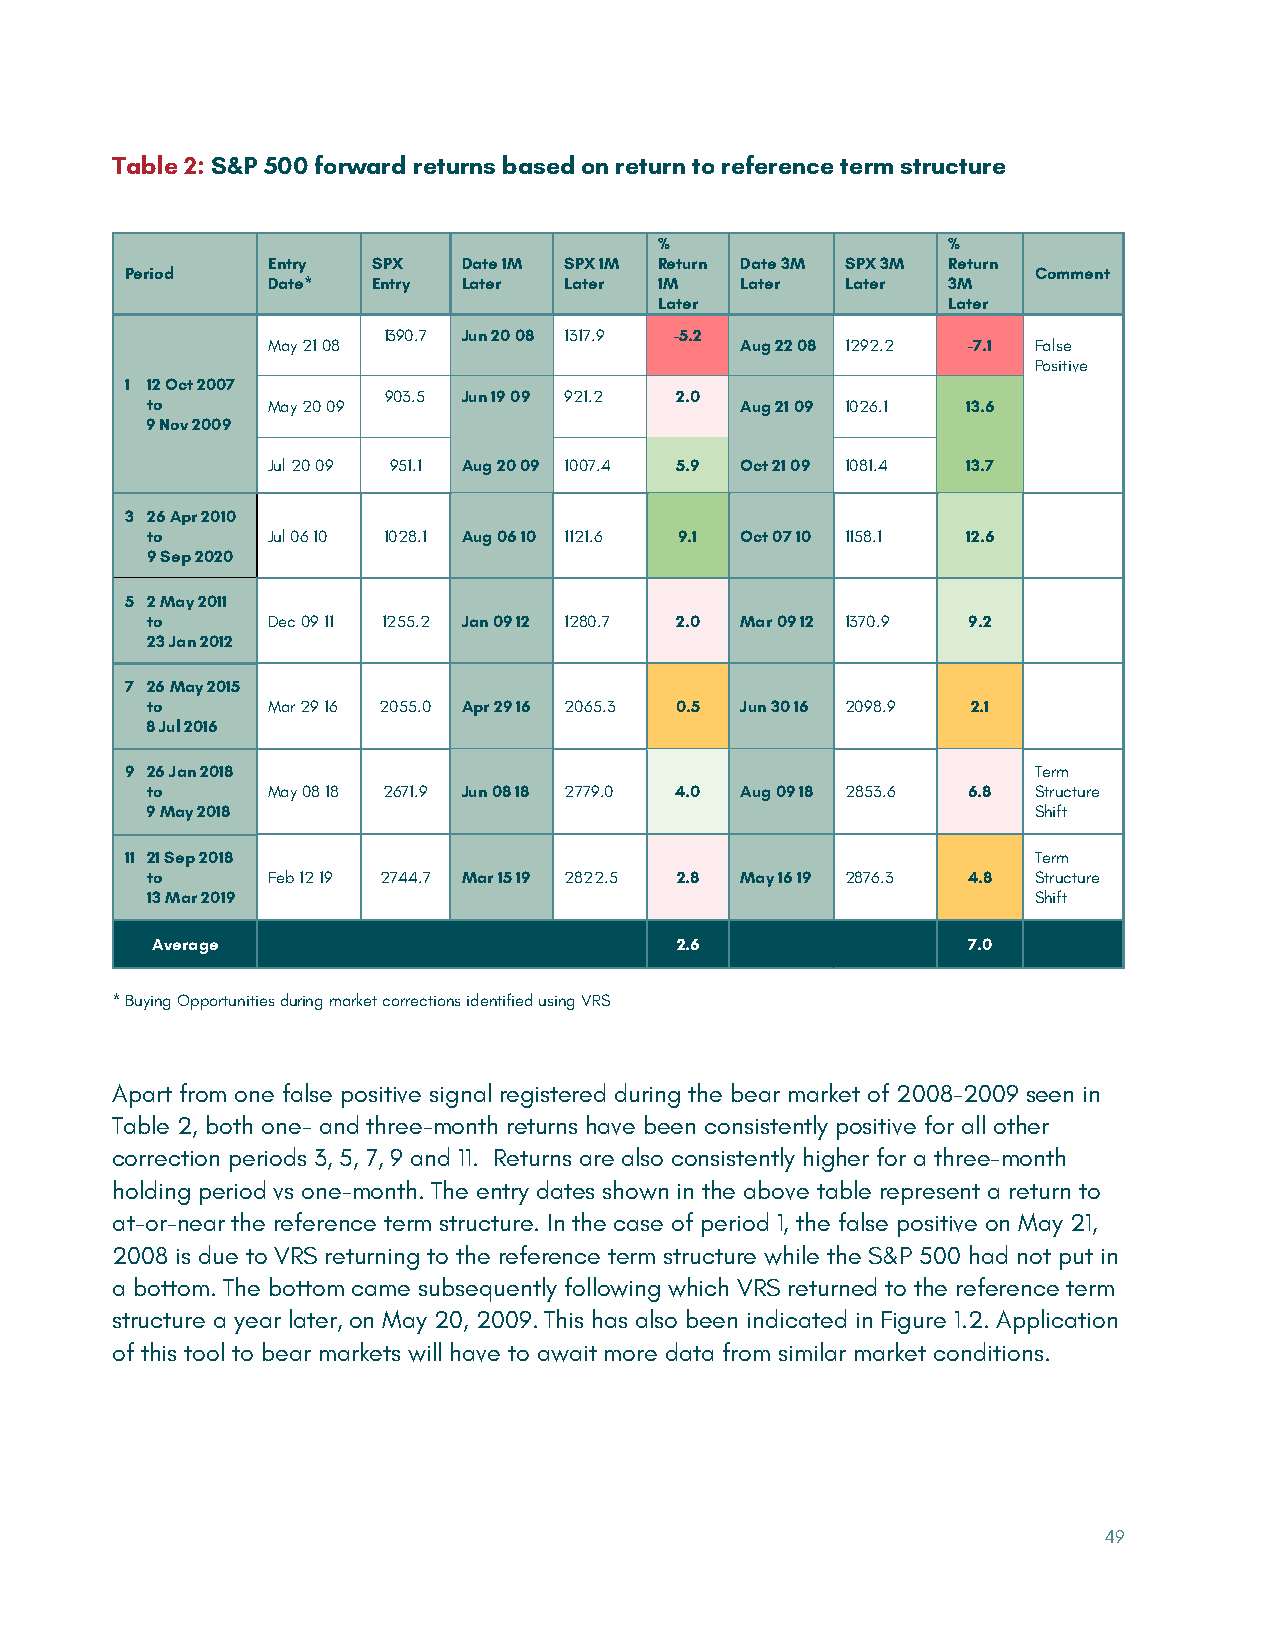
Table 2: S&P 500 forward returns based on return to reference term structure
 %                  %
 Entry  SPX   Date 1M SPX 1M Return Date 3M SPX 3M Return
 Period                                                      Comment
 Date*  Entry Later Later  1M   Later  Later  3M
 Later              Later
 1390.7 Jun 20 08 1317.9 -5.2
 May 21 08                      Aug 22 08 1292.2 -7.1 False
 Positive
 1 12 Oct 2007
 903.5 Jun 19 09 921.2 2.0
 to      May 20 09                      Aug 21 09 1026.1 13.6
 9 Nov 2009
 Jul 20 09 951.1 Aug 20 09 1007.4 5.9 Oct 21 09 1081.4 13.7
 3 26 Apr 2010
 to      Jul 06 10 1028.1 Aug 06 10 1121.6 9.1 Oct 07 10 1158.1 12.6
 9 Sep 2020
 5 2 May 2011
 to      Dec 09 11 1255.2 Jan 09 12 1280.7 2.0 Mar 09 12 1370.9 9.2
 23 Jan 2012
 7 26 May 2015
 to      Mar 29 16 2055.0 Apr 29 16 2065.3 0.5 Jun 30 16 2098.9 2.1
 8 Jul 2016
 9 26 Jan 2018                                               Term
 to      May 08 18 2671.9 Jun 08 18 2779.0 4.0 Aug 09 18 2853.6 6.8 Structure
 9 May 2018                                                Shift
 11 21 Sep 2018                                              Term
 to      Feb 12 19 2744.7 Mar 15 19 2822.5 2.8 May 16 19 2876.3 4.8 Structure
 13 Mar 2019                                               Shift
 Average                            2.6                7.0
 * Buying Opportunities during market corrections identified using VRS
 Apart from one false positive signal registered during the bear market of 2008-2009 seen in
 Table 2, both one- and three-month returns have been consistently positive for all other
 correction periods 3, 5, 7, 9 and 11. Returns are also consistently higher for a three-month
 holding period vs one-month. The entry dates shown in the above table represent a return to
 at-or-near the reference term structure. In the case of period 1, the false positive on May 21,
 2008 is due to VRS returning to the reference term structure while the S&P 500 had not put in
 a bottom. The bottom came subsequently following which VRS returned to the reference term
 structure a year later, on May 20, 2009. This has also been indicated in Figure 1.2. Application
 of this tool to bear markets will have to await more data from similar market conditions.
 49